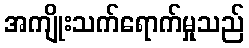
အကျိုးသက်ရောက်မှုသည်